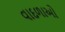
વાદળાઓ